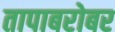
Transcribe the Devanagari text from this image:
तापाबरोबर